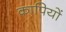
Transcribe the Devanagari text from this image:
कापियों